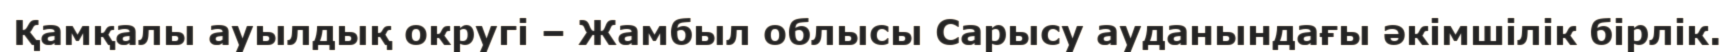
Қамқалы ауылдық округі – Жамбыл облысы Сарысу ауданындағы әкімшілік бірлік.